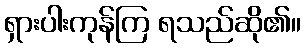
ရှားပါးကုန်ကြ ရသည်ဆို၏။